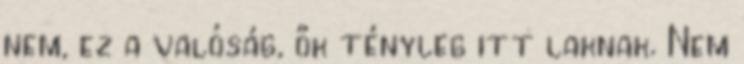
nem, ez a valóság, ők tényleg itt laknak. Nem